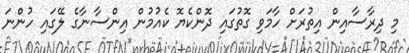
މި ދިރާސާއިން އިތުރަށް ހާމަވި ގޮތުގައި ދޮންކެޔޮ ކެއުމުން އިންސާނާގެ ލޭގައި ހުންނަ